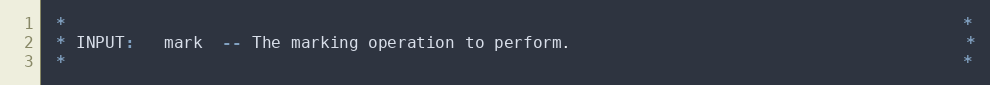
Language: C++
 *                                                                                             *
 * INPUT:   mark  -- The marking operation to perform.                                         *
 *                                                                                             *